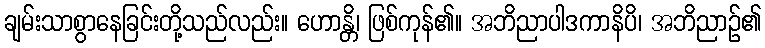
ချမ်းသာစွာနေခြင်းတို့သည်လည်း။ ဟောန္တိ၊ ဖြစ်ကုန်၏။ အဘိညာပါဒကာနိပိ၊ အဘိညာဉ်၏